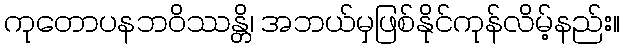
ကုတောပနဘဝိဿန္တိ၊ အဘယ်မှဖြစ်နိုင်ကုန်လိမ့်နည်း။